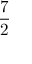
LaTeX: \frac { 7 } { 2 }